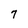
Character: 7